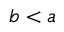
b < a